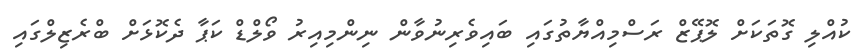
ކުއްލި ގޮތަކަށް ލޮޕޭޒް ރަސްމިއްޔާތުގައި ބައިވެރިނުވާން ނިންމިއިރު ވޯލްޑް ކަޕާ ދެކޮޅަށް ބްރެޒިލްގައި